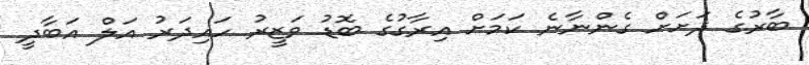
ބާރުގެ ދަށަށް ގެންނާނެ ކަމަށް އިރާގުގެ ބޮޑު ވަޒީރު ހައިދަރު އަލް އަބާދީ